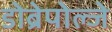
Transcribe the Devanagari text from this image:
डोब्रेपोल्जे